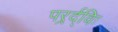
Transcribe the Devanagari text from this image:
परर्र्द्विः